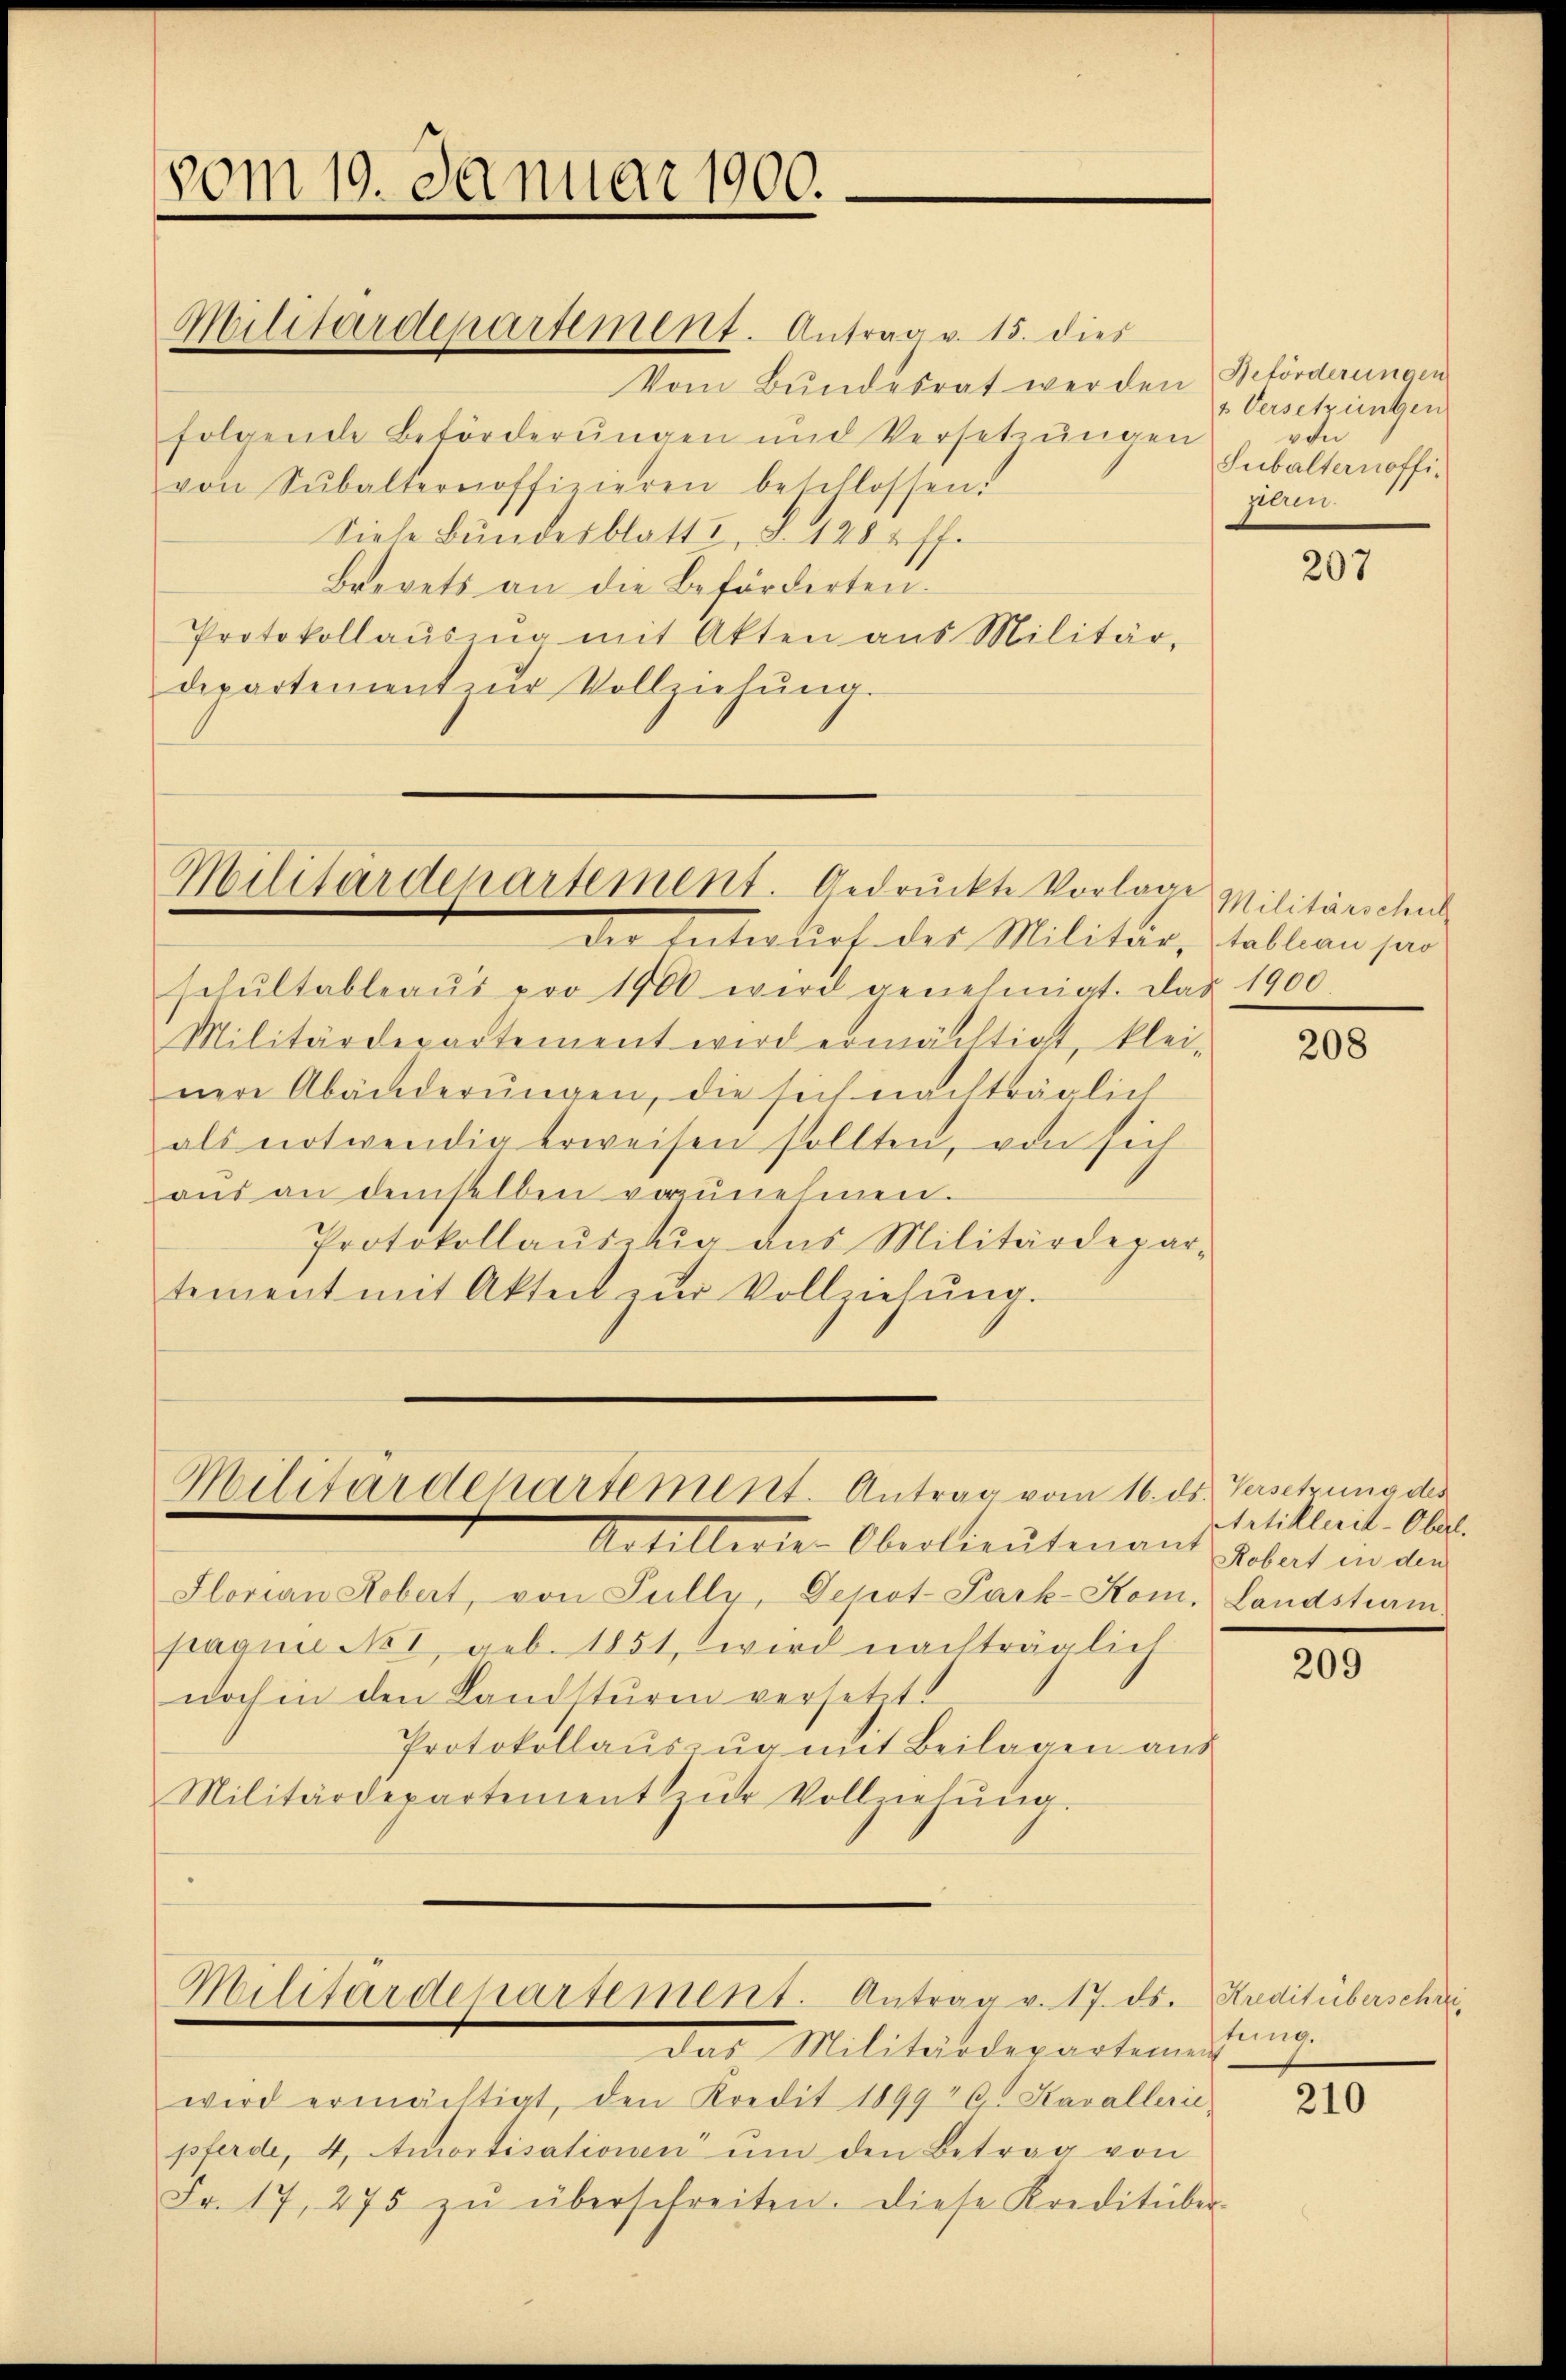
vom 19. Januar 1900.

Vom Bundesrat werden Beförderungen
folgende Beförderungen und Versetzungen
von Subalternoffizieren beschlossen.
Diese Bundesblatt I, S. 128 ff.
Brevets an die Beförderten.
Protokollausung mit Akten aus Militär,
departement zŭr Vollziehŭng.

Militärdepartement. Antrag v. 15. dies

Militärdepartement. Gedrückte Vorlage Militärschul

Militärdepartement. Antrag vom 16. ds. Versetzung des

Militärdepartement. Antrag v. 17. ds.
das Militärderarten

Der Interliet des Militär, Stallen jur
schŭltableaus pro 1900 wird genehmigt. Das 1900.
Militärdepartement wird ermächtigt, klei-
nere Abänderungen, die sich nachträglich
als notwendig erweisen sollten, von sich
aŭs an demselben vorzŭnehmen.
Protokollaŭsenig das Militärdepar-
tement mit Akteil zŭr Vollziehŭng.

Artillerie-Oberlieutenant
Slorian Hobert, von Fully, Depot-Park-Kom, Landstram-
paquie No 1, geb. 1851, wird nachträglich
noch in den Landsturen versetzt.
Protokollauszug mit Beilagen aus
Militärdepartement zŭr Vollziehŭng.

wird ermächtigt, den Kredit 1899 G. Savallerie,
pferde, 4, Amortisationen ŭm den Betrag von
Fr. 17, 275 zŭ überschreiten. Diese Kreditüber-

1 Versetzungen
von
Subalternoffipearen.

207

208

Artiklerit-Oberl.
Robert in den

209

Kreditüberschre
tung.
210